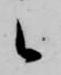
候